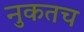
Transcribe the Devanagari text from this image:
नुकतच